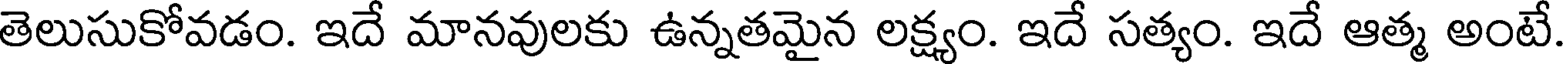
తెలుసుకోవడం. ఇదే మానవులకు ఉన్నతమైన లక్ష్యం. ఇదే సత్యం. ఇదే ఆత్మ అంటే